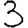
Digit: 3